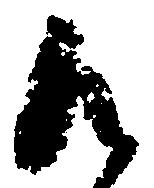
御